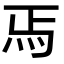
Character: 𬉻